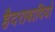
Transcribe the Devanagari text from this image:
हैदराबादियों